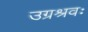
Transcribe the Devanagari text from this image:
उग्रश्रवः